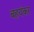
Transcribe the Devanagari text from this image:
बहयंकर